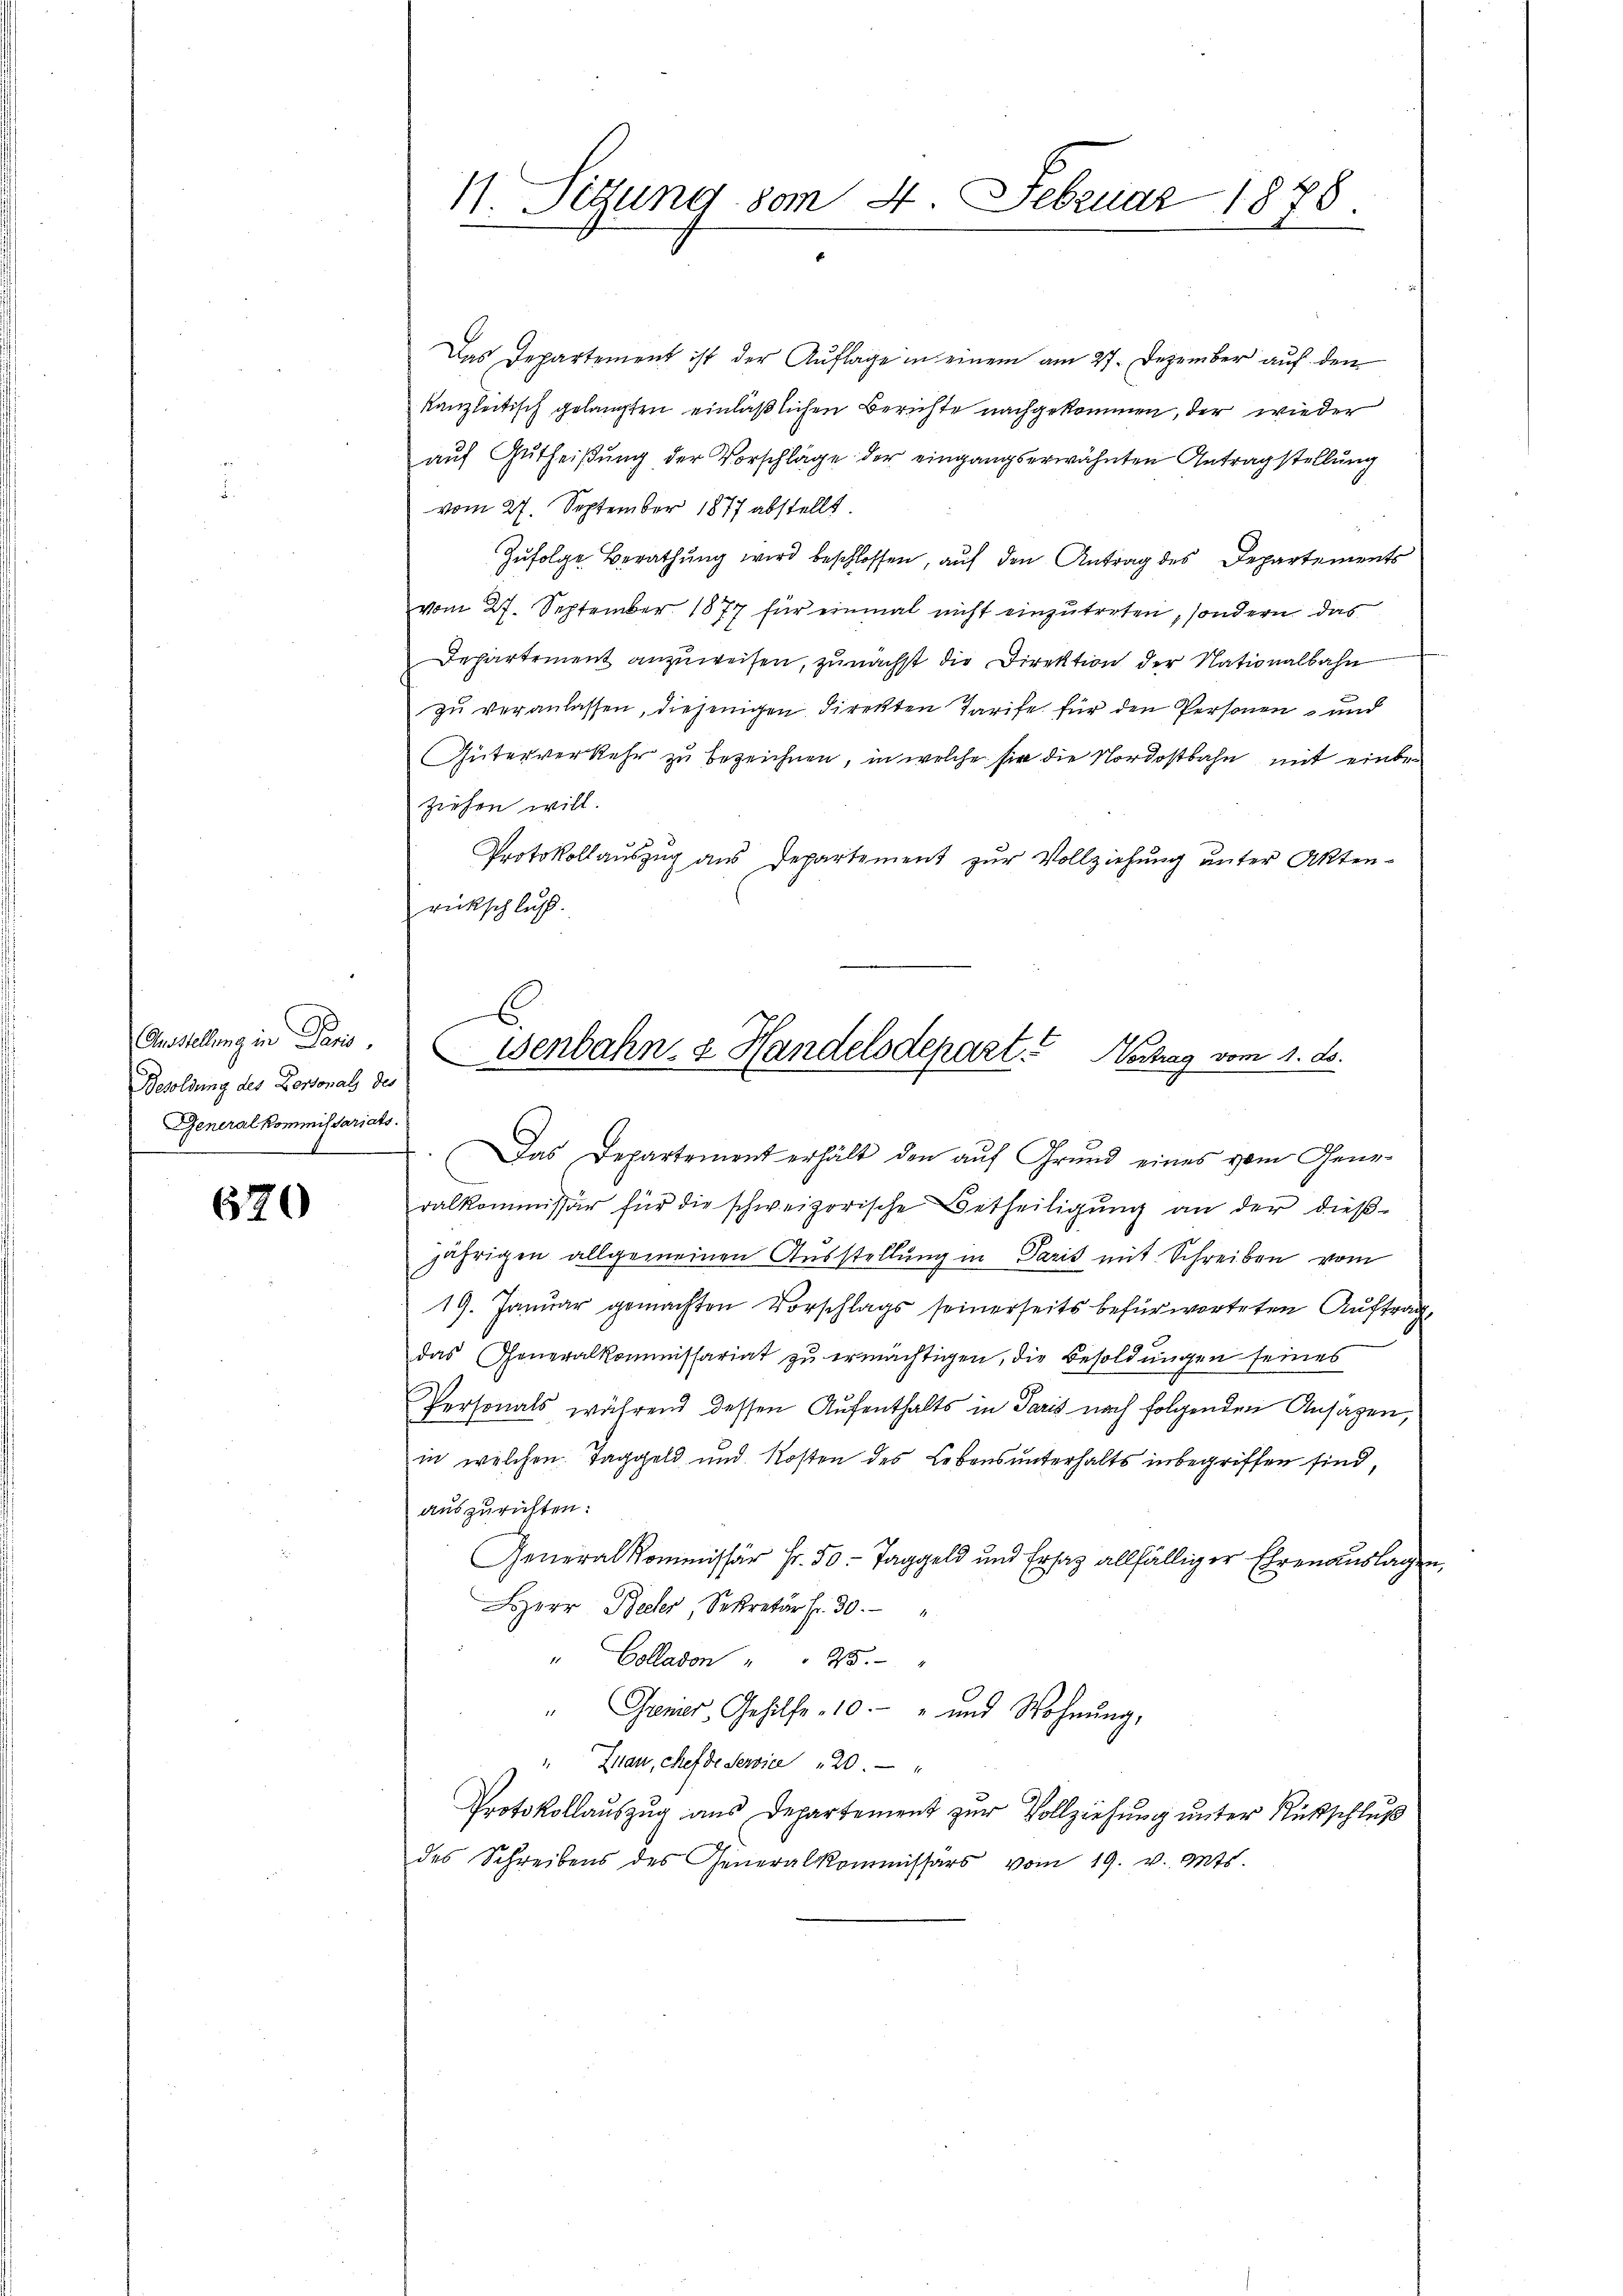
Amstellung in Paris,
Besoldung des Personal, des
Generalkommissariats.

670

11. Segung vom 4. Februar 1878.

Das Departement ist der Auflage in einem am 27. Dezember auf den
kanzleitisch gelangten einläßlichen Berichte nachgekommen, der wieder
aŭf Gutheißung der Vorschläge der eingangserwähnten Antragstellung
vom 27. September 1877 abstellt.
Zufolge Berathung wird beschlossen, auf den Antrag des Departements
vom 27. September 1877 für einmal nicht einzutreten, sondern das
Departement anzuweisen, zunächst die Direktion der Nationalbahn
zu veranlassen, diejenigen direkten Tarife für den Personen und
Güterverkehr zu bezeichnen, in welche sie die Nordostbahn mit einbeziehen will.
Protokollauszug aus Departement zur Vollziehung unter Akten-
rückschluß.
Das Departement erhält den auf Grund eines vom Generalkommissär für die schweizerische Betheiligŭng an der dieβ-
jährigen allgemeinen Ausstellung in Paris mit Schreiben vom
19. Januar gemachten Vorschlags seinerseits befürworteten Auftrag,
das Generalkommissariat zu ermächtigen, die Besoldungen seines
Personals während dessen Aufenthalts in Paris nach folgenden Ansagen,
in welchen Taggeld und Kosten des Lebensunterhalts inbegriffen sind,
auszurichten:
General Kommissär Fr. 50. Taggeld und Ersatz allfälliger Ehrenauslagen,
HHerr Becker Sekretär fr. 30.
" Colladon " " 25 "
" Genier, Gehilfe 10 " und Wohnŭng,
Znau, chef de Service " 20.
Protokollauszug aus Departement zur Vollziehung unter Rückschluß
des Schreibens des Generalkommissars vom 19. v. Mts.

E
Wenbahn- & Handelsdepart. Nachlag vom 1. Js.